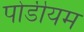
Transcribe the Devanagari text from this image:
पोडीयम